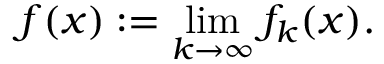
f ( x ) : = \operatorname* { l i m } _ { k \to \infty } f _ { k } ( x ) .